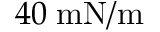
4 0 \; \mathrm { m N / m }